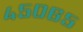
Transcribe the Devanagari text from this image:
४५०६५